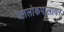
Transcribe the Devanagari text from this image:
जनलोकपालावर